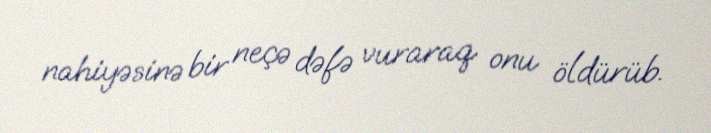
nahiyəsinə bir neçə dəfə vuraraq onu öldürüb.